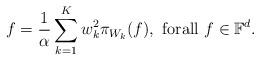
LaTeX: \begin{align*}f=\frac{1}{\alpha}\sum_{k=1}^{K}w_{k}^{2}\pi_{W_k}(f), \text{ forall $f \in \mathbb{F}^{d}$.}\end{align*}